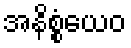
အနိစ္စံယေဝ